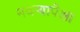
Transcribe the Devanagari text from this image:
नवऱ्यापेक्षा